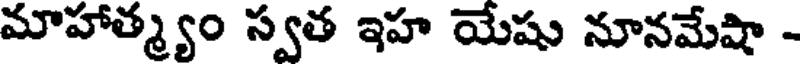
మాహాత్మ్యం స్వత ఇహ యేషు నూనమేషా -